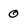
Character: 0